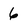
Character: 6